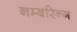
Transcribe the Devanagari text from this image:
नम्बरिन्ग